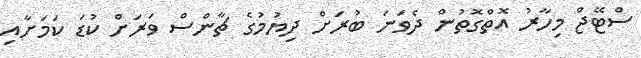
ސްޓޭޖް މިހާރު އޮތްގޮތުން ދެވަނަ ބުރަށް ދިޔުމުގެ ޗާންސް ވަރަށް ކުޑަ ކަމަށާއި